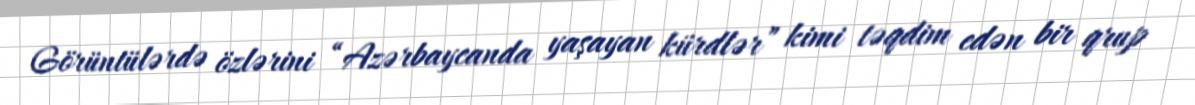
Görüntülərdə özlərini “Azərbaycanda yaşayan kürdlər” kimi təqdim edən bir qrup